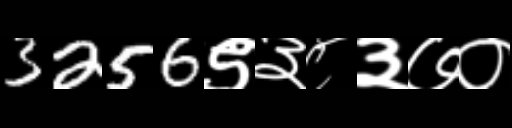
Text: 3256९३८३७०